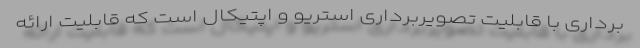
برداری با قابلیت تصویربرداری استریو و اپتیکال است که قابلیت ارائه